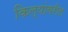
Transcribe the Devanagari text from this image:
किल्यांवरील